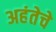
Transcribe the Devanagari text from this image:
अहंतेचे